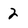
Character: 2